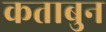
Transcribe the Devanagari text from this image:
कताबुन